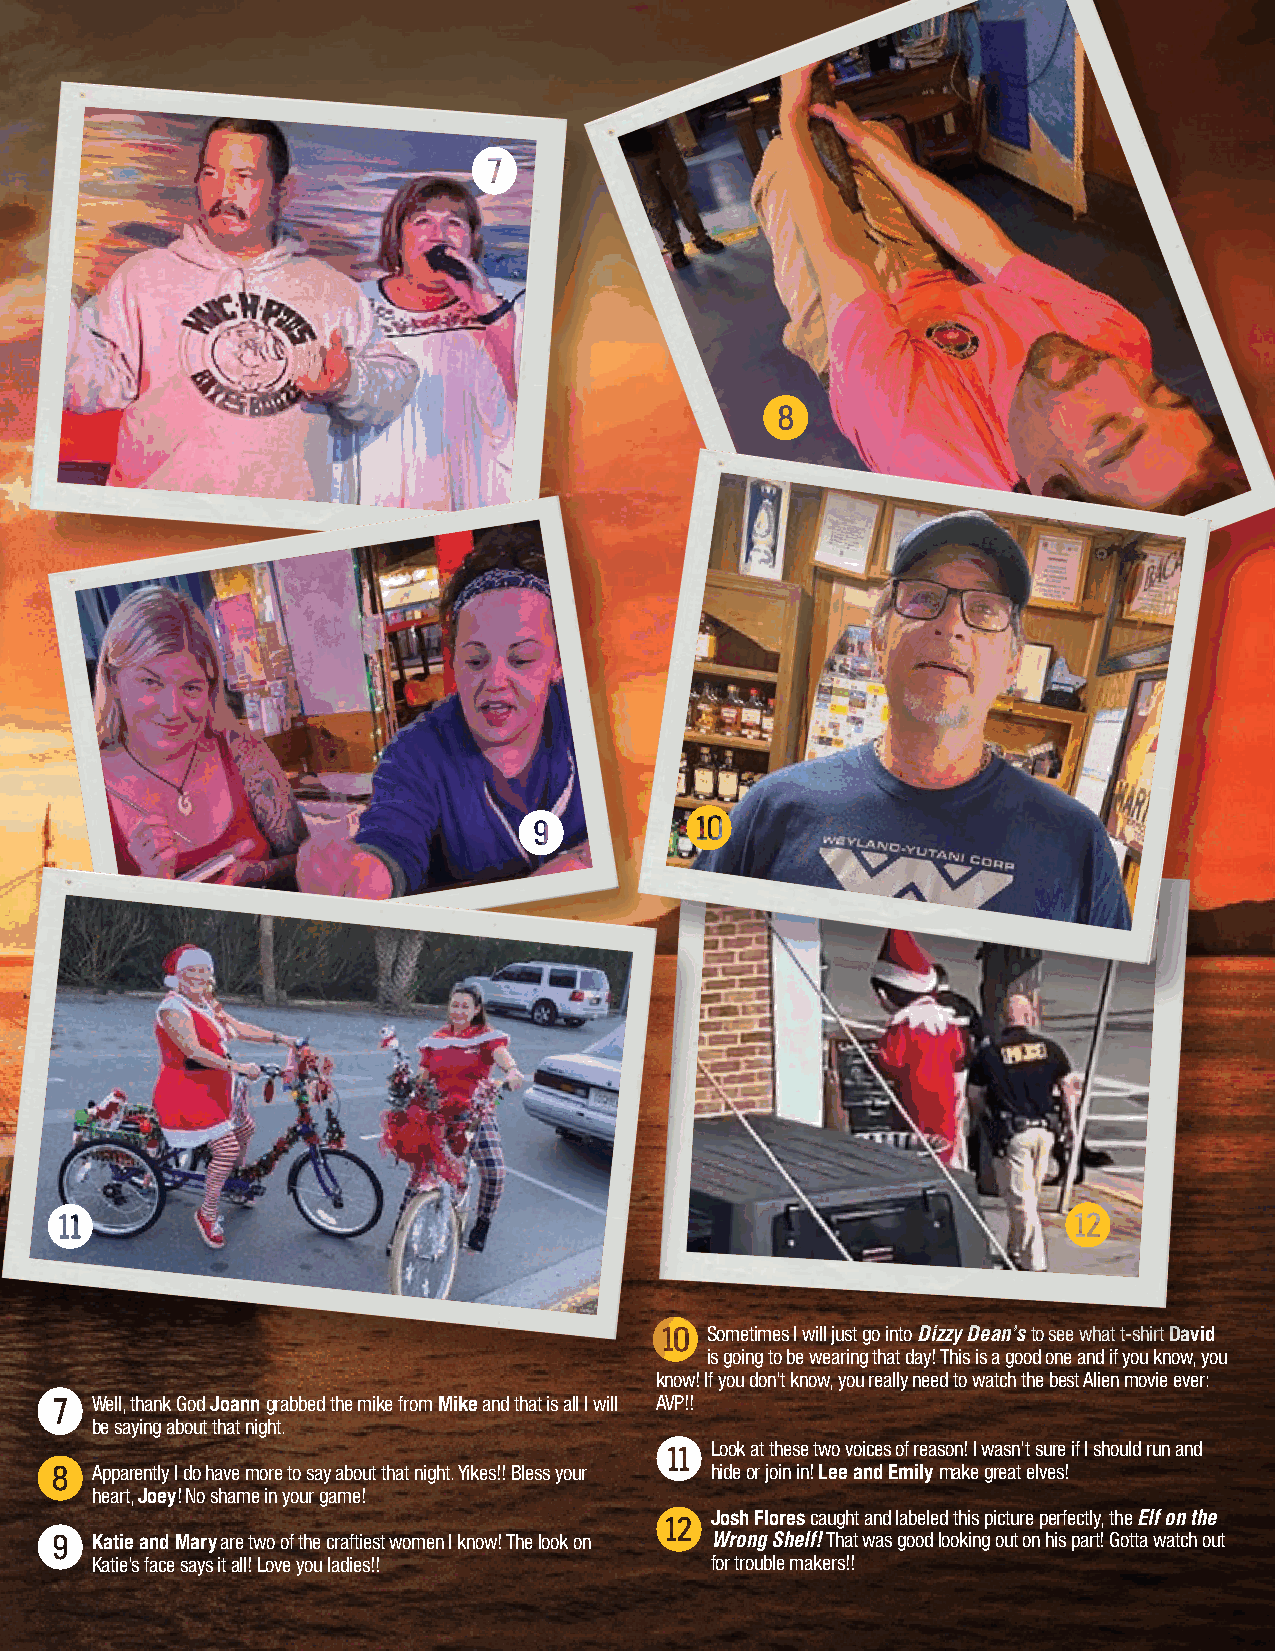
Lounging with Loughridge & Be Boppin'with Blair
 Sometimes I will just go into Dizzy Dean’s to see what t-shirt David
 is going to be wearing that day! This is a good one and if you know, you
 know! If you don’t know, you really need to watch the best Alien movie ever:
 Well, thank God Joann grabbed the mike from Mike and that is all I will AVP!!
 be saying about that night.
 Look at these two voices of reason! I wasn’t sure if I should run and
 Apparently I do have more to say about that night. Yikes!! Bless your hide or join in! Lee and Emily make great elves!
 heart, Joey! No shame in your game!
 Josh Flores caught and labeled this picture perfectly, the Elf on the
 Katie and Mary are two of the craftiest women I know! The look on Wrong Shelf! That was good looking out on his part! Gotta watch out
 Katie’s face says it all! Love you ladies!! for trouble makers!!
 21
 TYBEE BEACHCOMBER | JAN 2022